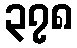
၃၇၈